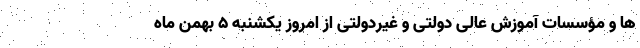
ها و مؤسسات آموزش عالی دولتی و غیردولتی از امروز یکشنبه ۵ بهمن ماه